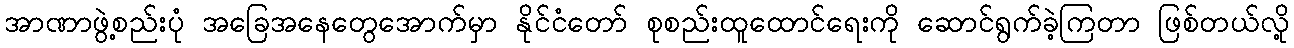
အာဏာဖွဲ့စည်းပုံ အခြေအနေတွေအောက်မှာ နိုင်ငံတော် စုစည်းထူထောင်ရေးကို ဆောင်ရွက်ခဲ့ကြတာ ဖြစ်တယ်လို့